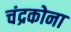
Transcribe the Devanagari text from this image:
चंद्रकोना